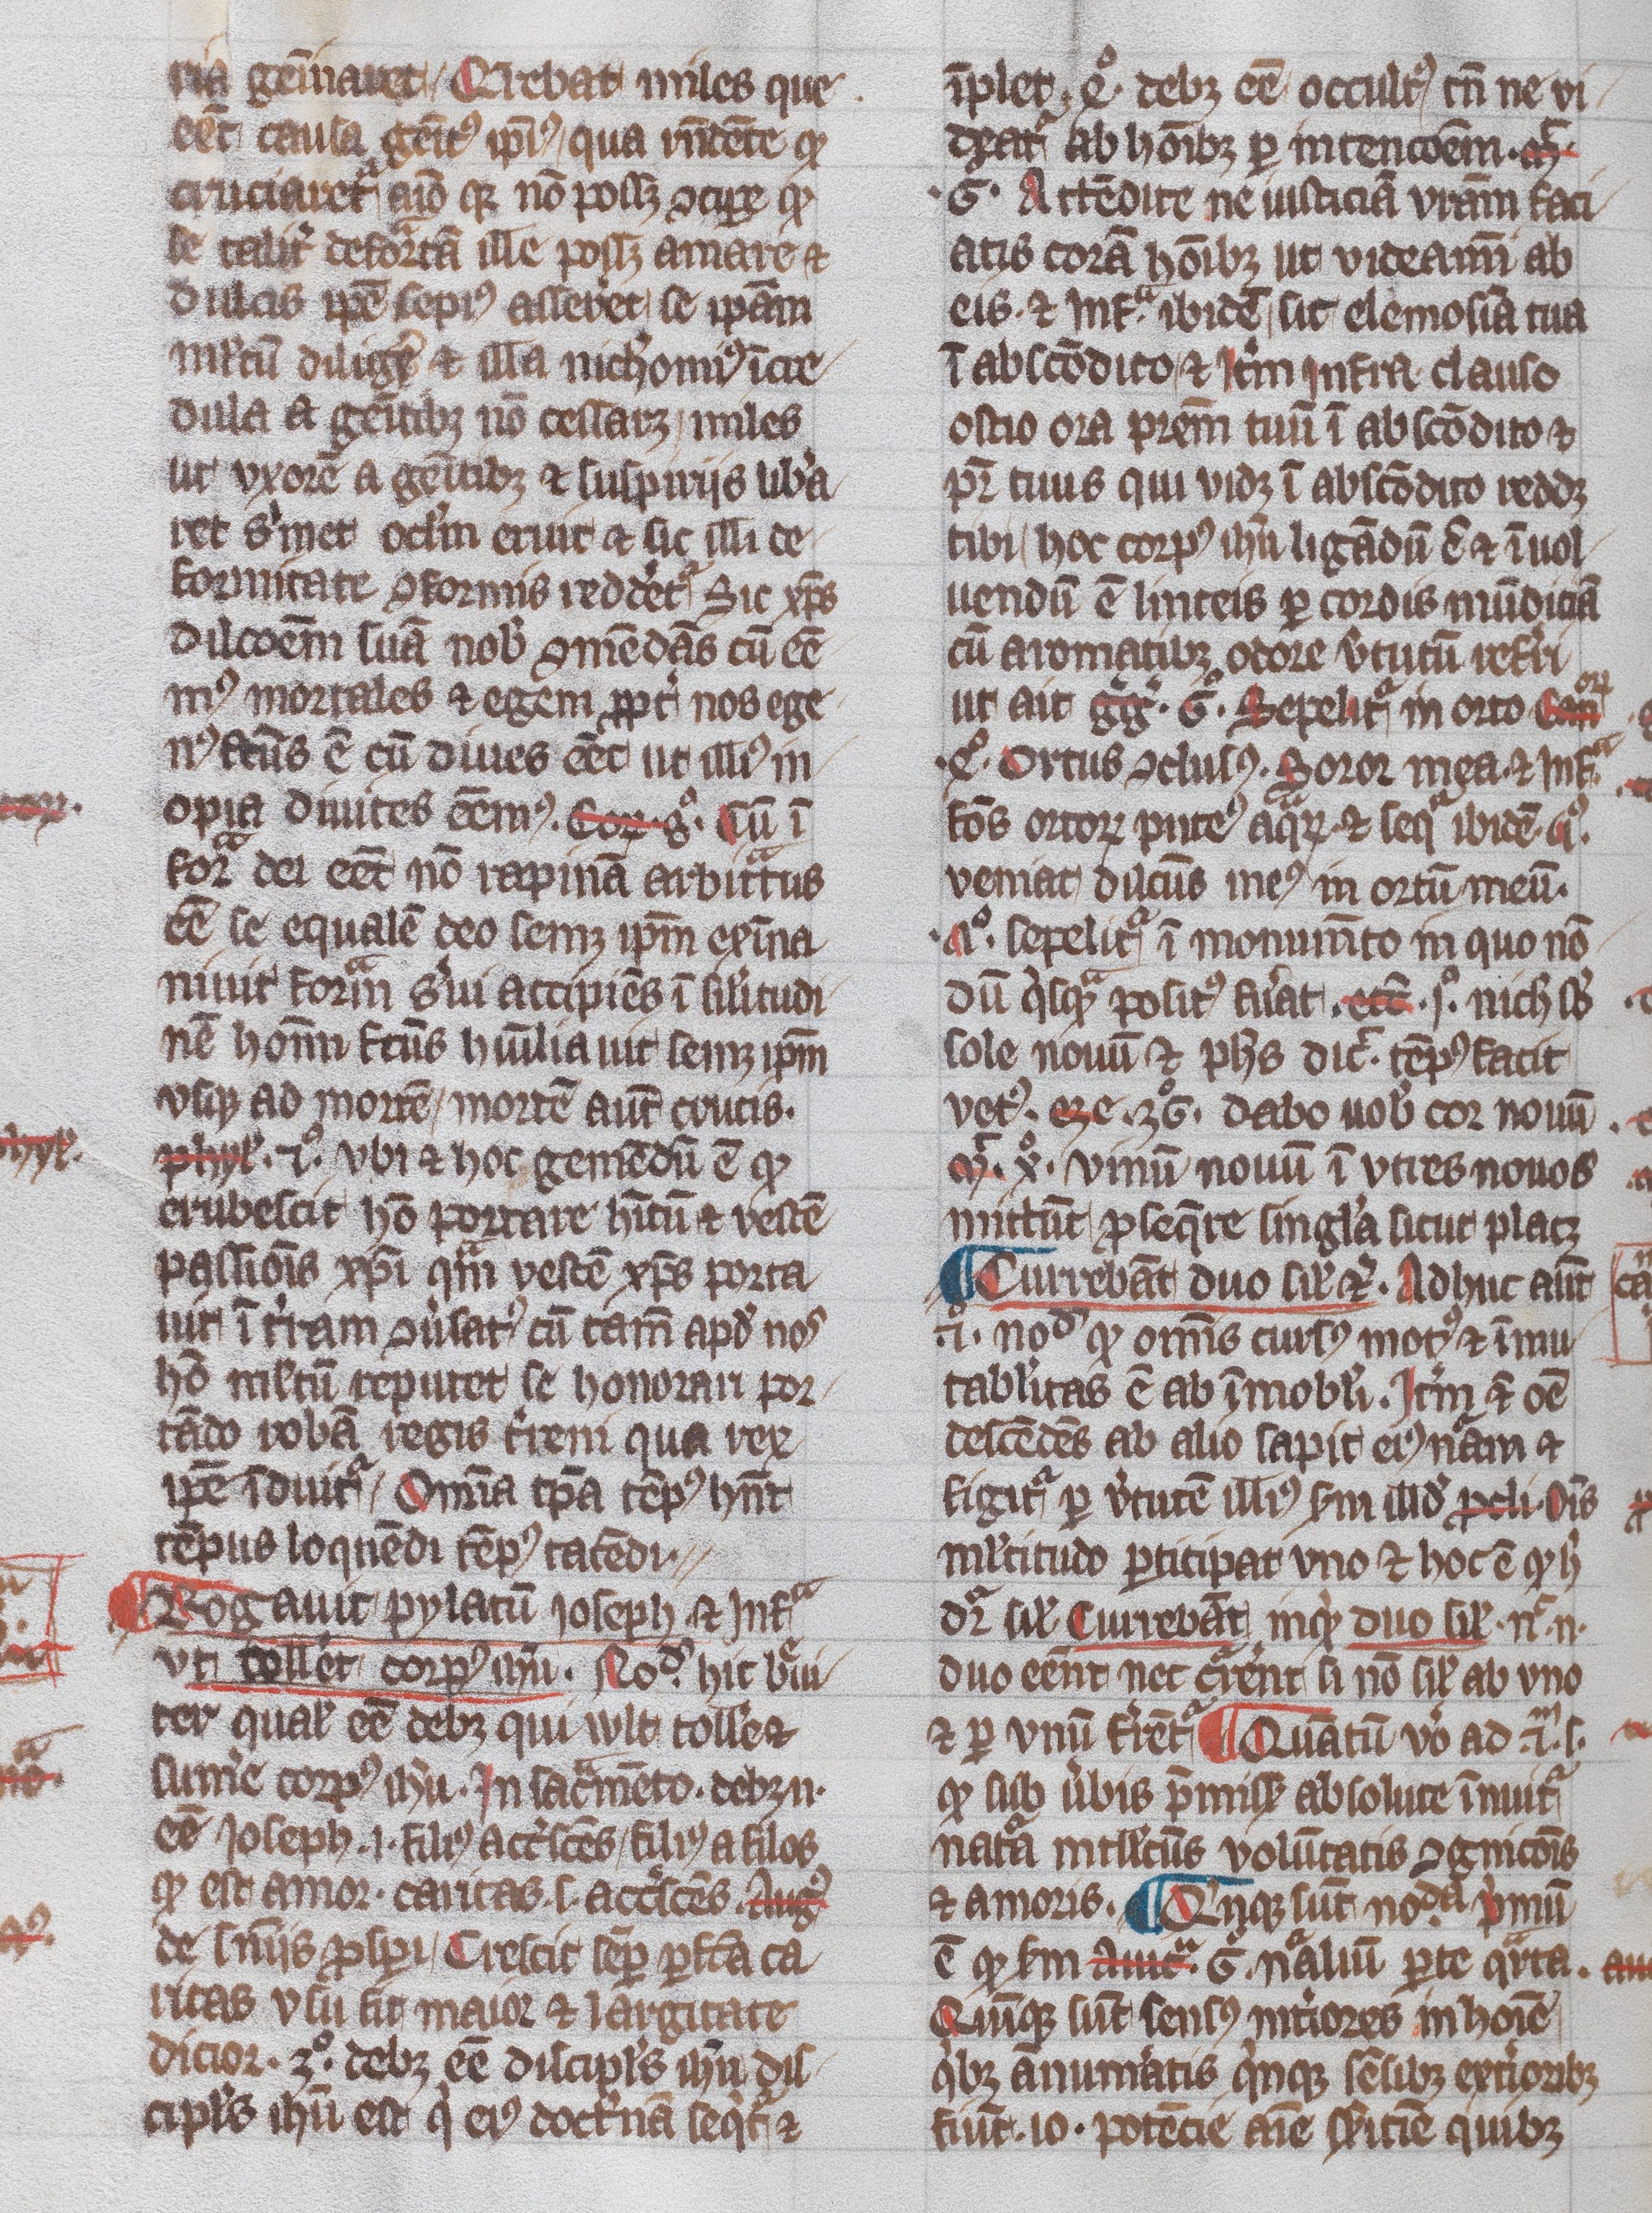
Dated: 1345–1355